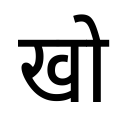
OCR:
खो